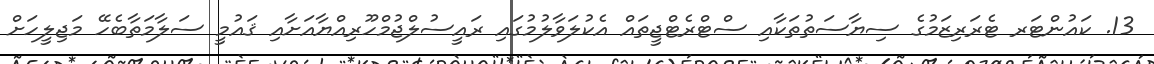
13. ކައުންޓަރ ޓެރަރިޒަމުގެ ސިޔާސަތުތަކާއި ސްޓްރެޓްޖީތައް އެކުލަވާލުމުގައި ރައީސުލްޖުމްހޫރިއްޔާއަށާއި ޤައުމީ ސަލާމަތާބެހޭ މަޖިލީހަށް